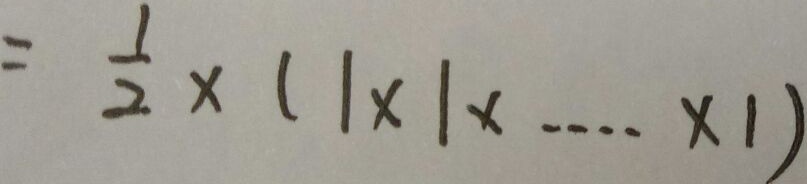
= \frac { 1 } { 2 } \times ( 1 \times 1 \times \cdots \times 1 )